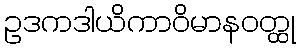
ဥဒကဒါယိကာဝိမာနဝတ္ထု